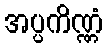
အပ္ပကိဏ္ဏံ